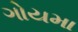
ગોયમા